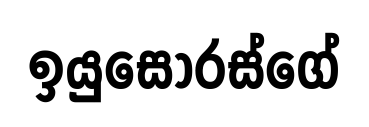
ඉයුසෝරස්ගේ